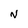
Character: N